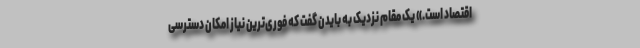
اقتصاد است.» یک مقام نزدیک به بایدن گفت که فوری‌ترین نیاز امکان دسترسی